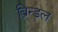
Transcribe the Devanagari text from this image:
ब्रिन्डल